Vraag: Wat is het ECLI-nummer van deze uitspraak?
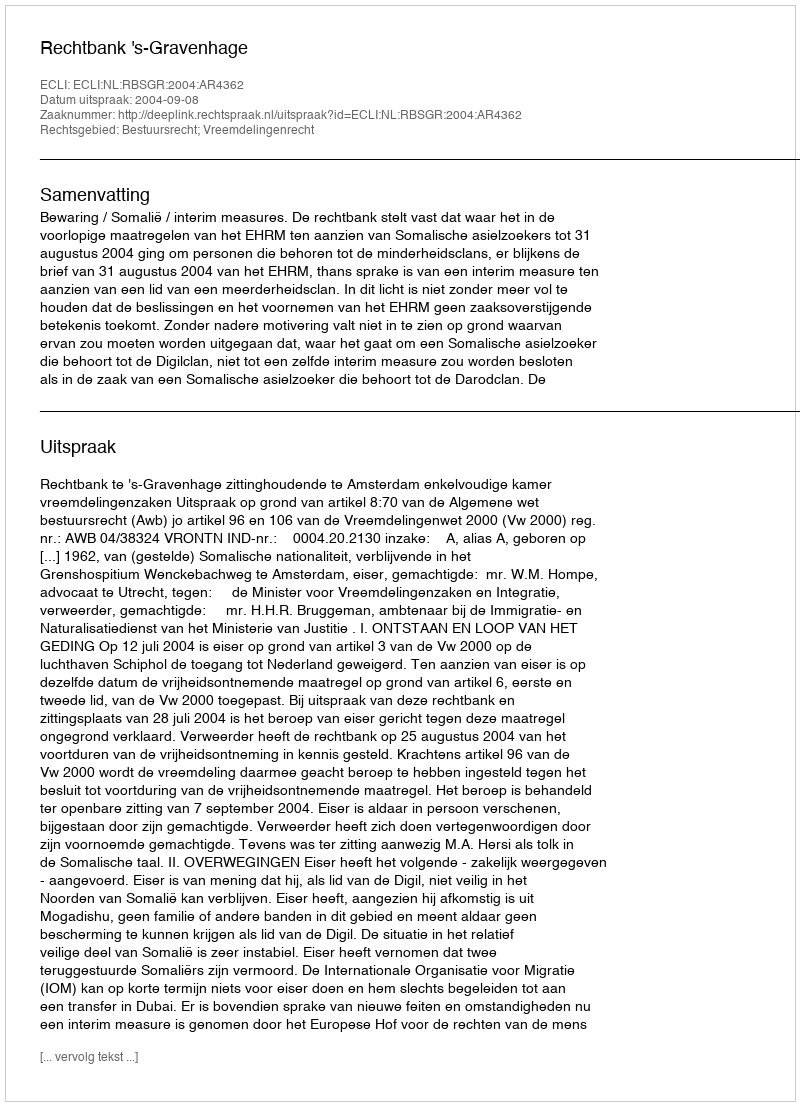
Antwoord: ECLI:NL:RBSGR:2004:AR4362